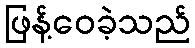
ဖြန့်ဝေခဲ့သည်